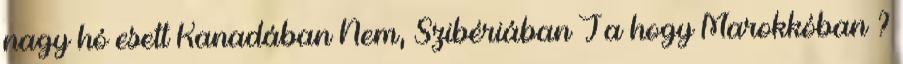
nagy hó esett Kanadában Nem, Szibériában Ja hogy Marokkóban ?